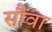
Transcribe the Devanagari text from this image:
सौंवा